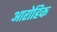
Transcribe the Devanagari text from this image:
आरोहिक